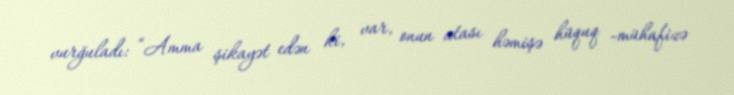
vurğuladı: “Amma şikayət edən ki, var, onun atası həmişə hüquq -mühafizə